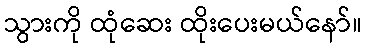
သွားကို ထုံဆေး ထိုးပေးမယ်နော်။